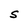
Character: S